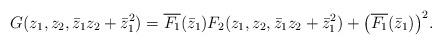
LaTeX: \begin{align*}G(z_1,z_2,\bar{z}_1 z_2 + \bar{z}_1^2 )=\overline{F_1}(\bar{z}_1)F_2(z_1,z_2,\bar{z}_1 z_2 + \bar{z}_1^2)+{\left(\overline{F_1}(\bar{z}_1) \right)}^2 .\end{align*}